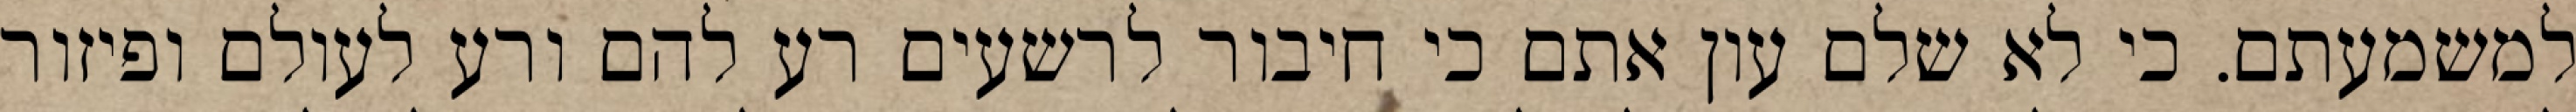
למשמעתם. כי לא שלם עון אתם כי חיבור לרשעים רע להם ורע לעולם ופיזור